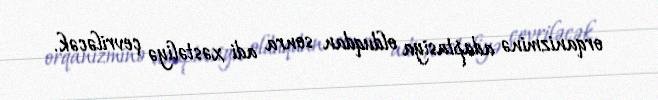
orqanizminə adaptasiya olduqdan sonra adi xəstəliyə çevriləcək.